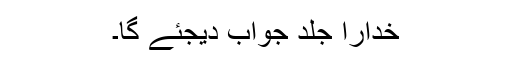
خدارا جلد جواب دیجئے گا۔